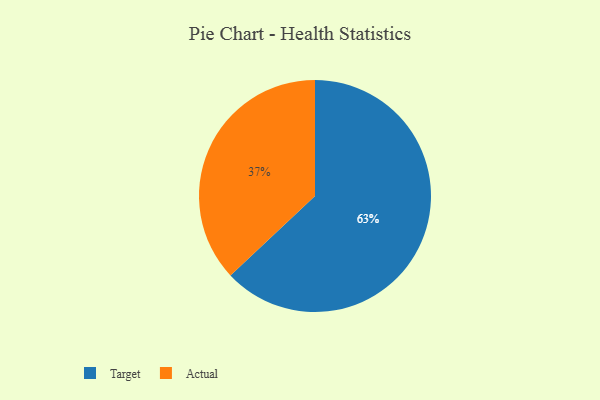
{"axis": {"x": "Category", "y": "Percentage"}, "legend": ["Actual", "Target"], "data": [{"x": "Target", "y": 63, "type": "Target"}, {"x": "Actual", "y": 37, "type": "Actual"}]}